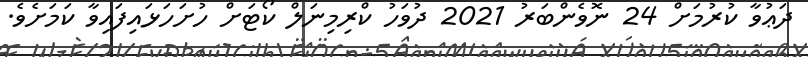
ދަޢުވާ ކުރުމަށް 24 ނޮވެންބަރު 2021 ދުވަހު ކްރިމިނަލް ކޯޓަށް ހުށަހަޅައިފައިވާ ކަމަށެވެ.